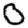
Digit: 0